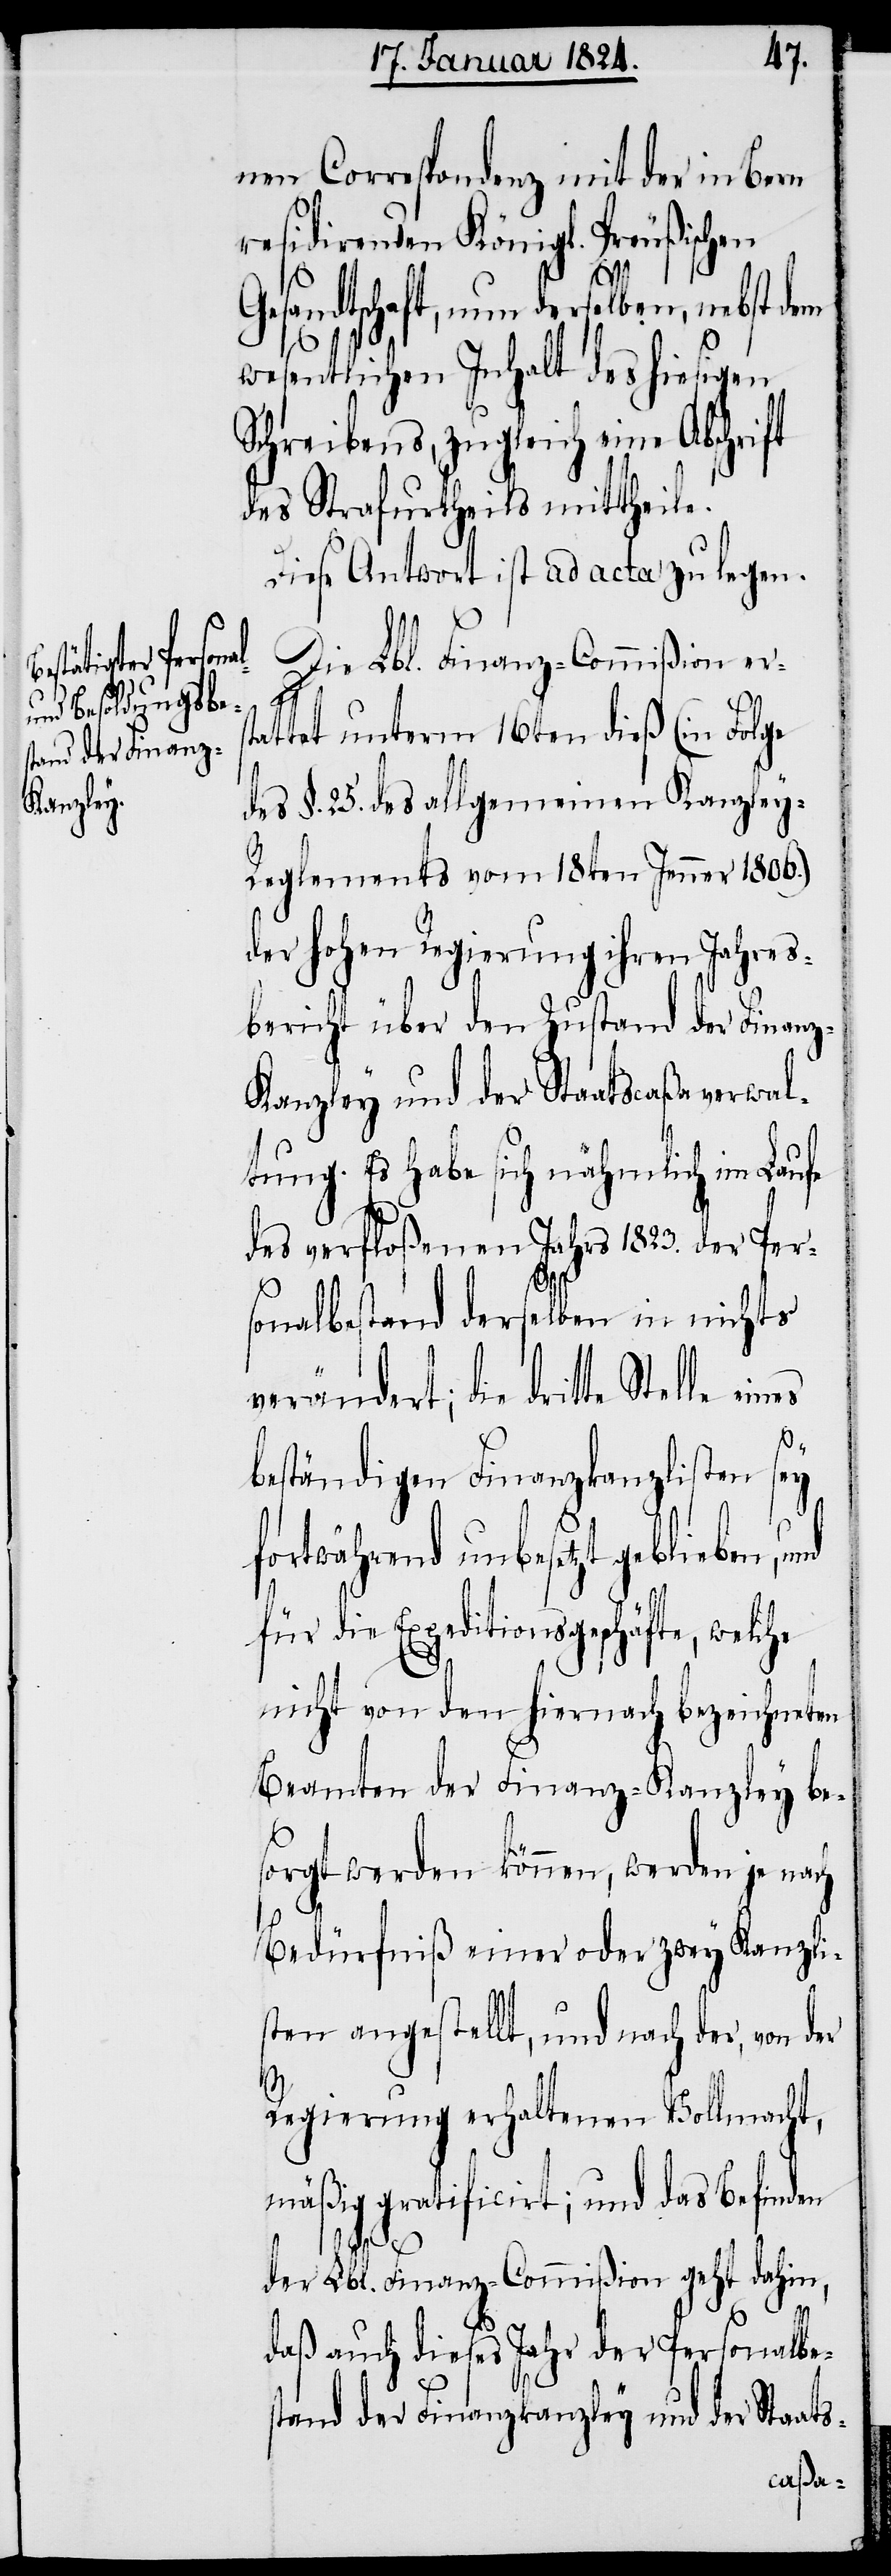
Stelle eines

nen Correspondenz mit der in Bern
residirenden Königl. Preußischen
Gesandtschaft, nun derselben, nebst dem
wesentlichen Inhalt des hiesigen
Schreibens, zugleich eine Abschrift
des Strafurtheils mittheile.
Diese Antwort ist ad acta zu legen.
Die Lbl. Finanz-Commißion ers¬
t¬
attet unterm 16ten dieß (in Folge
des §. 25. des allgemeinen Kanzley-R¬
eglements vom 18ten Jenner 1806.)
der hohen Regierung ihren Jahres¬
bericht über den Zustand der Finan¬
z-Kanzley und der Staatscaßaverwal¬
tung. Es habe sich nähmlich im Laufe
des verfloßenen Jahrs 1823. der Per¬
sonalbestand derselben in nichts
verändert, die dritte
beständigen Finanzkanzlisten sey
fortwährend unbesetzt geblieben,
für die Expeditionsgeschäfte, welche
nicht von den hiernach bezeichneten
Beamten der Finanz-Kanzley be¬
sorgt werden können, werden je nach
Bedürfniß einer oder zwey Kanzli¬
sten angestellt, und nach der, von der
Regierung erhaltenen Vollmacht,
mäßig gratificirt; und das Befinden
der Lbl. Finanz-Commißion geht dahin,
s-
daß auch dieses Jahr der Personalbe¬
stand der Finanzkanzley und der Staat¬